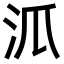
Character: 𣲖